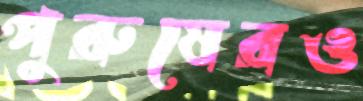
পুরুষেরও